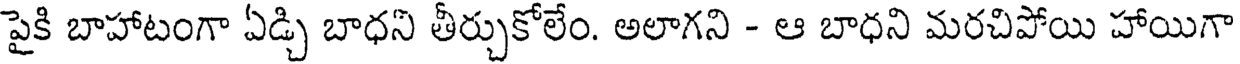
పైకి బాహాటంగా ఏడ్చి బాధని తీర్చుకోలేం. అలాగని - ఆ బాధని మరచిపోయి హాయిగా